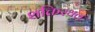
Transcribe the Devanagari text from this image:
शक्तिस्थल